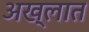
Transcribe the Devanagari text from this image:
अख्लात